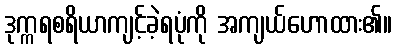
ဒုက္ကရစရိယာကျင့်ခဲ့ရပုံကို အကျယ်ဟောထား၏။